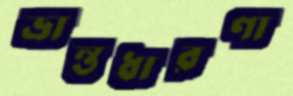
ভ্রান্তধারণা